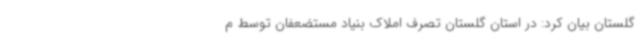
گلستان بیان کرد: در استان گلستان تصرف املاک بنیاد مستضعفان توسط م